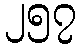
၂၅၇